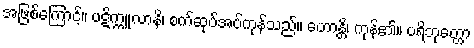
အဖြစ်ကြောင့်။ ပဋိက္ကူလာနိ၊ စက်ဆုပ်အပ်ကုန်သည်။ ဟောန္တိ၊ ကုန်၏။ ပရိဘုတ္တော